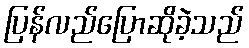
ပြန်လည်ပြောဆိုခဲ့သည်